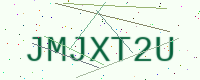
Text: JMJXT2U